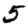
Digit: 5